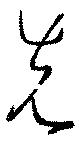
先